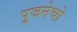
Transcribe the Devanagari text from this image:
पूजनेचो